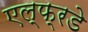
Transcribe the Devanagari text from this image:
एल्फ्रडे